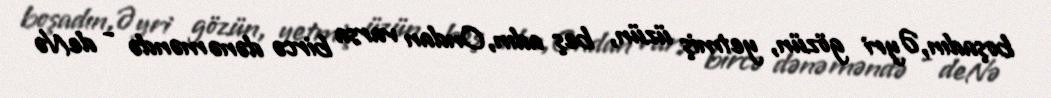
boşadın,Əyri gözün, yetmiş üzün, beş adın,Ondan varsa bircə dənə məndə - deNə